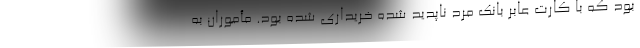
بود که با کارت عابر بانک مرد ناپدید شده خریداری شده بود. مأموران به